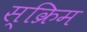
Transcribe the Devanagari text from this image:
स्क्रिम